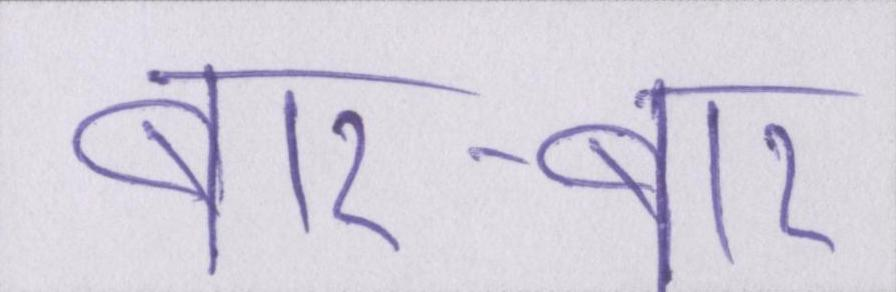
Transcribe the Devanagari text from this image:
बार-बार